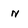
Character: n